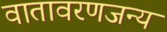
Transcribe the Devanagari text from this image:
वातावरणजन्य